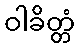
ဝါခိတ္တံ